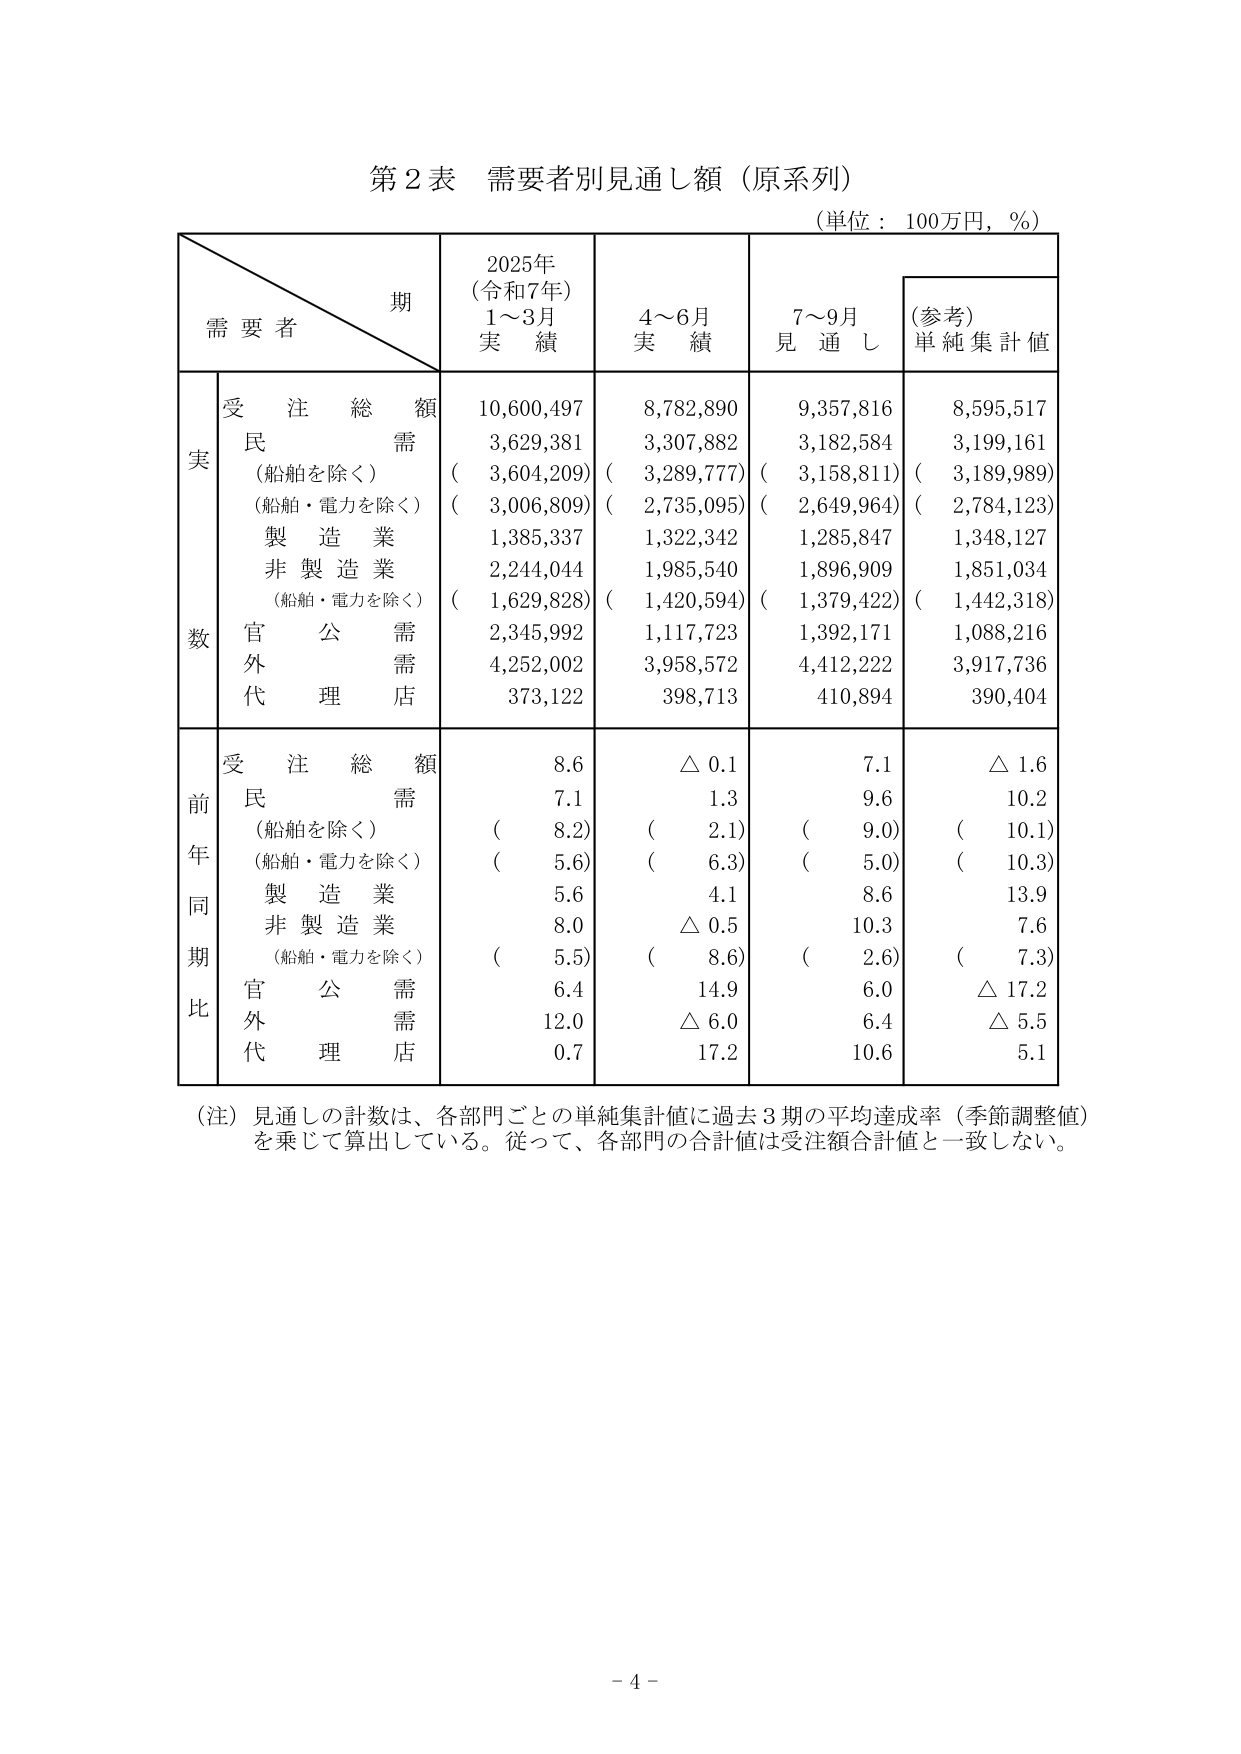
第２表 需要者別見通し額（原系列）
（単位：100万円，％）

需要者
期
2025年
（令和7年）
1～3月
実績
4～6月
実績
7～9月
見通し
（参考）
単純集計値

受注総額
10,600,497
8,782,890
9,357,816
8,595,517

実数
民需
3,629,381
3,307,882
3,182,584
3,199,161
（船舶を除く）
（3,604,209）
（3,289,777）
（3,158,811）
（3,189,989）
（船舶・電力を除く）
（3,006,809）
（2,735,095）
（2,649,964）
（2,784,123）
製造業
1,385,337
1,322,342
1,285,847
1,348,127
非製造業
2,244,044
1,985,540
1,896,909
1,851,034
（船舶・電力を除く）
（1,629,828）
（1,420,594）
（1,379,422）
（1,442,318）
官公需
2,345,992
1,117,723
1,392,171
1,088,216
外需
4,252,002
3,958,572
4,412,222
3,917,736
代理店
373,122
398,713
410,894
390,404

前年同期比
受注総額
8.6
△0.1
7.1
△1.6
民需
7.1
1.3
9.6
10.2
（船舶を除く）
（8.2）
（2.1）
（9.0）
（10.1）
（船舶・電力を除く）
（5.6）
（6.3）
（5.0）
（10.3）
製造業
5.6
4.1
8.6
13.9
非製造業
8.0
△0.5
10.3
7.6
（船舶・電力を除く）
（5.5）
（8.6）
（2.6）
（7.3）
官公需
6.4
14.9
6.0
△17.2
外需
12.0
△6.0
6.4
△5.5
代理店
0.7
17.2
10.6
5.1

（注）見通しの計数は、各部門ごとの単純集計値に過去3期の平均達成率（季節調整値）を乗じて算出している。従って、各部門の合計値は受注額合計値と一致しない。

－4－